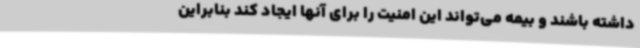
داشته باشند و بیمه می‌تواند این امنیت را برای آنها ایجاد کند بنابراین